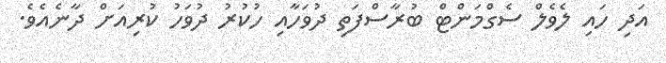
އަދި ހައި ލެވެލް ސެގްމަންޓް ބުރާސްފަތި ދުވަހާއި ހުކުރު ދުވަހު ކުރިއަށް ދާނެއެވެ.